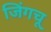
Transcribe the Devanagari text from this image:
जिंगचू